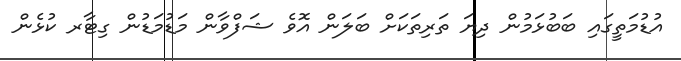
އުޑުމަތީގައި ބަބުޅަމުން ދިޔަ ތަރިތަކަށް ބަލަން އޮވެ ޝަފްވާން މަޑުމަޑުން ގިޓާރ ކުޅެން